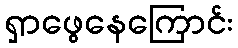
ရှာဖွေနေကြောင်း